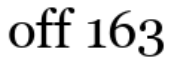
off 163